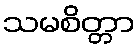
သမစိတ္တာ